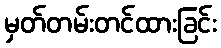
မှတ်တမ်းတင်ထားခြင်း